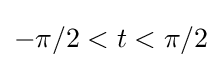
-\pi /2<t<\pi /2